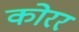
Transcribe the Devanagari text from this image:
कोरर